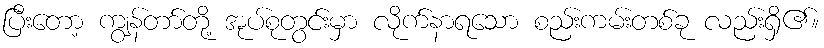
ပြီးတော့ ကျွန်တာ်တို့ အုပ်စုတွင်းမှာ လိုက်နာရသော စည်းကမ်းတစ်ခု လည်းရှိ၏။